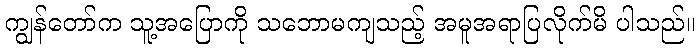
ကျွန်တော်က သူ့အပြောကို သဘောမကျသည့် အမူအရာပြလိုက်မိ ပါသည်။